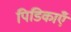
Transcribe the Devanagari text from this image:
पिडिकाएँ